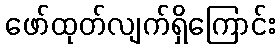
ဖော်ထုတ်လျက်ရှိကြောင်း